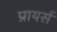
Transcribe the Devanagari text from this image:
प्रायर्स